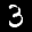
Label: 3